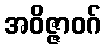
အဝိဇ္ဇာဝဂ်